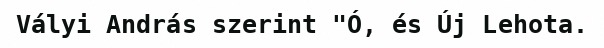
Vályi András szerint "Ó, és Új Lehota.